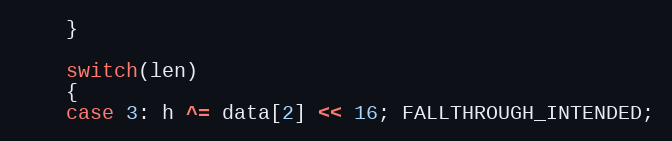
Language: C++
    }

    switch(len)
    {
    case 3: h ^= data[2] << 16; FALLTHROUGH_INTENDED;